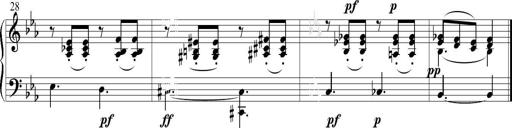
Title: 6 Leichte Sonatinen, Teil 1
Composer: F. Sigismund Sander